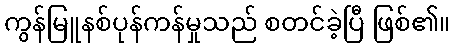
ကွန်မြူနစ်ပုန်ကန်မှုသည် စတင်ခဲ့ပြီ ဖြစ်၏။